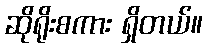
ဆိုရိုးစကား ရှိတယ်။